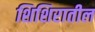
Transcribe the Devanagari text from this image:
शिशिरातील